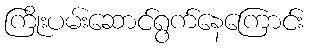
ကြိုးပမ်းဆောင်ရွက်နေကြောင်း